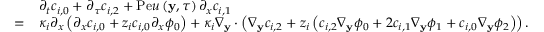
\begin{array} { r l } & { \partial _ { t } c _ { i , 0 } + \partial _ { \tau } c _ { i , 2 } + \mathrm { P e } u \left( \mathbf { y } , \tau \right) \partial _ { x } c _ { i , 1 } } \\ { = } & { \kappa _ { i } \partial _ { x } \left( \partial _ { x } c _ { i , 0 } + z _ { i } c _ { i , 0 } \partial _ { x } \phi _ { 0 } \right) + \kappa _ { i } \nabla _ { \mathbf { y } } \cdot \left( \nabla _ { \mathbf { y } } c _ { i , 2 } + z _ { i } \left( c _ { i , 2 } \nabla _ { \mathbf { y } } \phi _ { 0 } + 2 c _ { i , 1 } \nabla _ { \mathbf { y } } \phi _ { 1 } + c _ { i , 0 } \nabla _ { \mathbf { y } } \phi _ { 2 } \right) \right) . } \end{array}